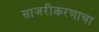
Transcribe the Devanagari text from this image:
साजरीकरणाचा